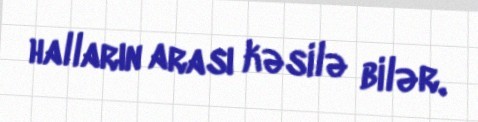
halların arası kəsilə bilər.